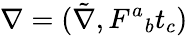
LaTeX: \nabla=(\tilde{\nabla},F^{a}{}_{b}t_{c})